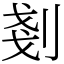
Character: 剗